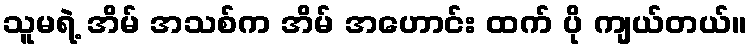
သူမရဲ့ အိမ် အသစ်က အိမ် အဟောင်း ထက် ပို ကျယ်တယ်။